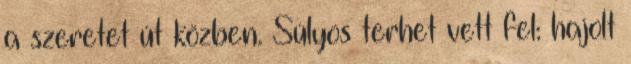
a szeretet út közben. Súlyos terhet vett fel: hajolt